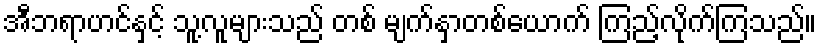
အီဘရာဟင်နှင့် သူ့လူများသည် တစ် မျက်နှာတစ်ယောက် ကြည့်လိုက်ကြသည်။